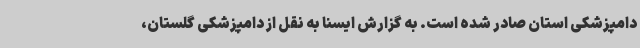
دامپزشکی استان صادر شده است. به گزارش ایسنا به نقل از دامپزشکی گلستان،